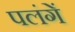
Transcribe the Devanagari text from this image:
पलंगें